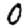
Digit: 0